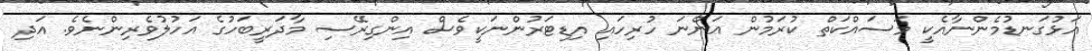
އަޅުގަނޑުމެންނާއެކީ މަސައްކަތް ކުރަމުން އަންނަ ހުރިހައި އިޑިޓަރުންނަކީވެސް އިންގިރޭސި މާދަރީބަހުގެ އަހުލުވެރިންނެވެ. އަދި